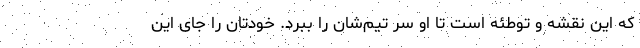
که این نقشه و توطئه است تا او سر تیم‌شان را ببُرد. خودتان را جای این